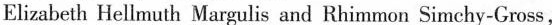
Elizabeth Hellmuth Margulis and Rhimmon Simchy-Gross,